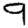
Digit: 9